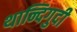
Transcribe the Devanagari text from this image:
थान्दिगुदी